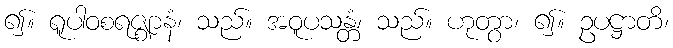
၍။ ရူပါဝစရဇ္ဈာနံ၊ သည်။ အဝူပသန္တံ၊ သည်။ ဟုတွာ၊ ၍။ ဥပဋ္ဌာတိ၊